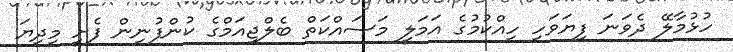
ހުޅުމާލޭ ދެވަނަ ފިޔަވަހި ހިއްކުމުގެ އަމަލީ މަސައްކަތް ބެލްޖިއަމްގެ ކުންފުނިން ފެށީ މިދިޔަ